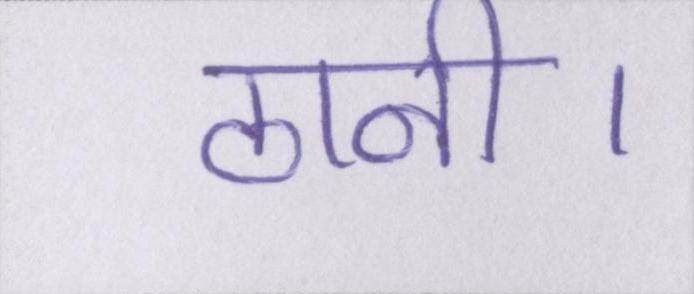
ठानी।